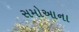
સમોઆના